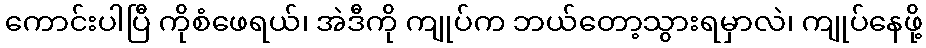
ကောင်းပါပြီ ကိုစံဖေရယ်၊ အဲဒီကို ကျုပ်က ဘယ်တော့သွားရမှာလဲ၊ ကျုပ်နေဖို့